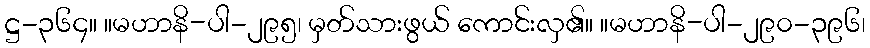
ဋ္ဌ-၃၆၄။ ။မဟာနိ-ပါ-၂၉၅၊ မှတ်သားဖွယ် ကောင်းလှ၏။ ။မဟာနိ-ပါ-၂၉၀-၃၉၆၊